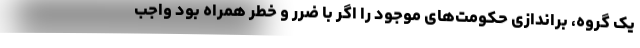
یک گروه، براندازی حکومت‌های موجود را اگر با ضرر و خطر همراه بود واجب